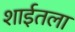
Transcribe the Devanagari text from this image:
शाईतला